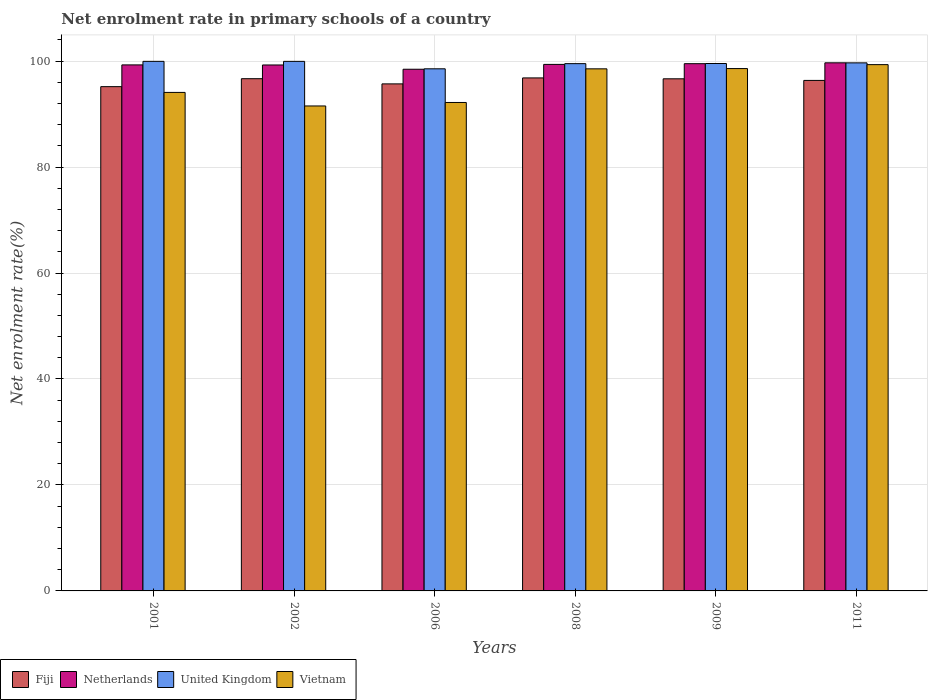
| Years | Fiji | Netherlands | United Kingdom | Vietnam |
 | --- | --- | --- | --- | --- |
 | 2001 | 95.2 | 99.3 | 99.9 | 94.1 |
 | 2002 | 96.7 | 99.3 | 99.9 | 91.5 |
 | 2006 | 95.7 | 98.5 | 98.5 | 92.2 |
 | 2008 | 96.8 | 99.4 | 99.5 | 98.5 |
 | 2009 | 96.7 | 99.5 | 99.5 | 98.6 |
 | 2011 | 96.3 | 99.7 | 99.7 | 99.3 |